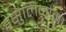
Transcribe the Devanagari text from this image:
इंसुलिनोमा